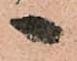
へ